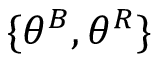
\{ \theta ^ { B } , \theta ^ { R } \}